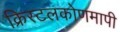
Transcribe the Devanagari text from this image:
क्रिस्टलकोणमापी